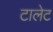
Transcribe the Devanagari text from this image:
टालेट